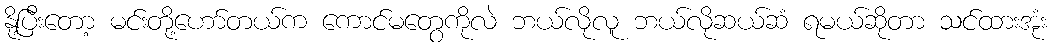
နို့ပြီးတော့ မင်းတို့ဟော်တယ်က ကောင်မတွေကိုလဲ ဘယ်လိုလူ ဘယ်လိုဆယ်ဆံ ရမယ်ဆိုတာ သင်ထားအုံး